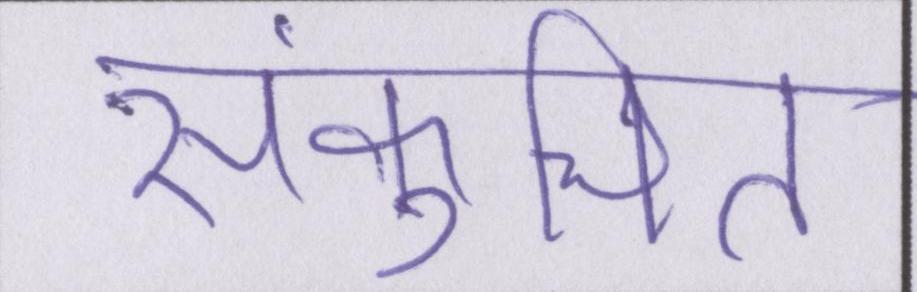
संकुचित